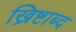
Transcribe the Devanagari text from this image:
ख्रिष्टाब्द